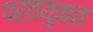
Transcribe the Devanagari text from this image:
परतयुक्त